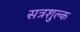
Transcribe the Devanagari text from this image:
सत्रशुल्क